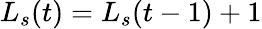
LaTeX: L_{s}(t)=L_{s}(t-1)+1